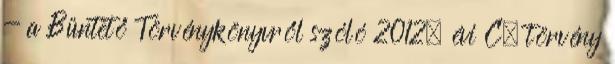
- a Büntető Törvénykönyvről szóló 2012. évi C. törvény